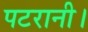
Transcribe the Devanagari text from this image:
पटरानी।